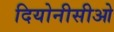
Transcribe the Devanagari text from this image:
दियोनीसीओ